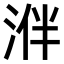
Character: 𣵲